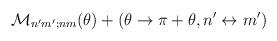
LaTeX: \begin{align*}{\cal M}_{n^\prime m^\prime;nm}(\theta) + (\theta \rightarrow \pi+\theta, n^\prime\leftrightarrow m^\prime)\end{align*}